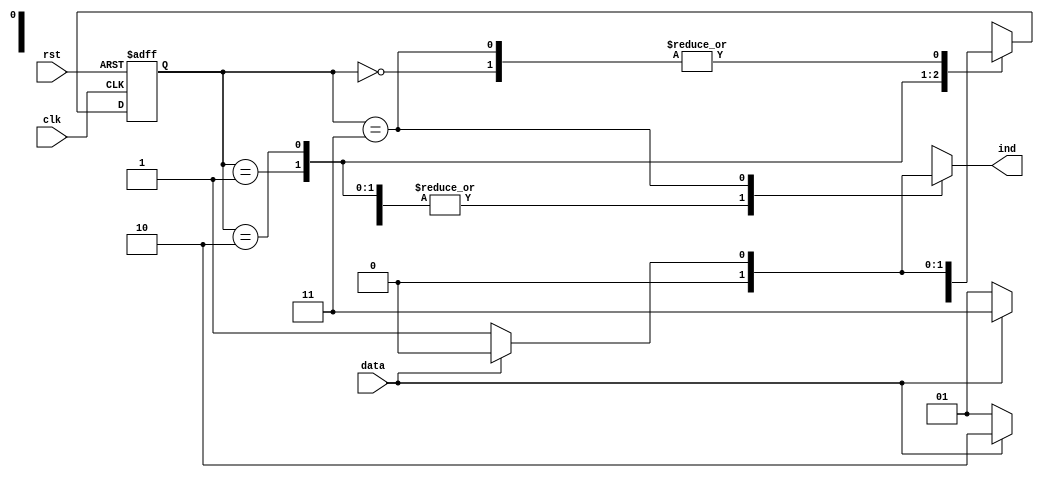
/*************************************************************
Design Name 	: Sequence Checker
File Name   	: seq_check.v
Function    	: Implementation of Sequence Checker
Programer     	: Mohammad Abdul Moin Oninda
Last Modified	: 28-07-2019
*************************************************************/
module seq_check(ind, clk, rst, data);

output reg ind;

input clk;
input rst;
input data;

reg [1:0] state;
reg [1:0] next_state;

parameter S0 = 0;
parameter S1 = 1;
parameter S2 = 2;
parameter S3 = 3;

always @(posedge clk or posedge rst)
	begin
		if(rst)
			begin
				state = S0;
			end
		else
			begin
				state = next_state;
			end
	end

always @(state or data)
	begin
		case(state)
			S0:
				begin
					ind = data ? 0 : 0;
					next_state = data ? S0 : S1;
				end
			S1:
				begin
					ind = data ? 0 : 0;
					next_state = data ? S2 : S1;
				end
			S2:
				begin
					ind = data ? 0 : 0;
					next_state = data ? S3 : S1;
				end
			S3:
				begin
					ind = data ? 0 : 1;
					next_state = data ? S0 : S1;
				end
		endcase
	end
endmodule